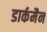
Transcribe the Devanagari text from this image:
डार्कमैन